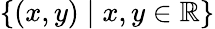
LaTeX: \{ (x,y)\mid x,y\in\mathbb{R}\}